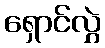
ရှောင်လွှဲ